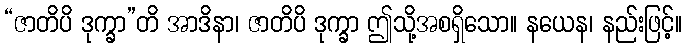
“ဇာတိပိ ဒုက္ခာ”တိ အာဒိနာ၊ ဇာတိပိ ဒုက္ခာ ဤသို့အစရှိသော။ နယေန၊ နည်းဖြင့်။